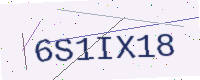
Text: 6S1IX18